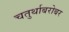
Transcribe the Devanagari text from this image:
चतुर्थाबरोबर